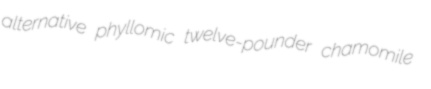
alternative phyllomic twelve-pounder chamomile